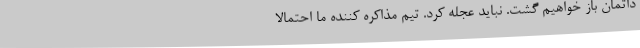
داتمان باز خواهیم گشت. نباید عجله کرد. تیم مذاکره کننده ما احتمالا